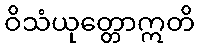
ဝိသံယုတ္တောဣတိ